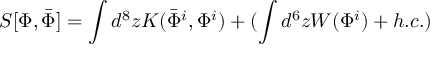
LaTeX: S [ \Phi , \bar { \Phi } ] = \int d ^ { 8 } z K ( \bar { \Phi } ^ { i } , \Phi ^ { i } ) + ( \int d ^ { 6 } z W ( \Phi ^ { i } ) + h . c . )